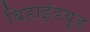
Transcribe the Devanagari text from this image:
बिहाइंडवूड